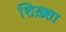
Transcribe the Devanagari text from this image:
शिख़्शा